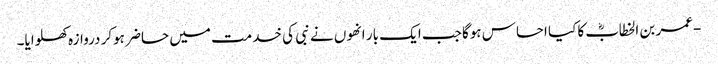
-عمر بن الخطابؓ کا کیا احساس ہوگا جب ایک بار انھوں نے نبی کی خدمت میں حاضر ہوکر دروازہ کھلوایا۔